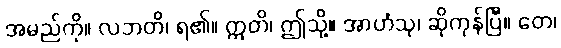
အမည်ကို။ လဘတိ၊ ရ၏။ ဣတိ၊ ဤသို့။ အာဟံသု၊ ဆိုကုန်ပြီ။ တေ၊